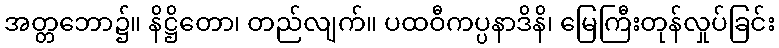
အတ္တဘော၌။ နိဋ္ဌိတော၊ တည်လျက်။ ပထဝီကပ္ပနာဒိနိ၊ မြေကြီးတုန်လှုပ်ခြင်း